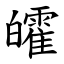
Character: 皬